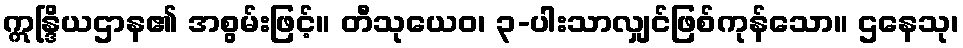
ဣန္ဒြိယဌာန၏ အစွမ်းဖြင့်။ တီသုယေဝ၊ ၃-ပါးသာလျှင်ဖြစ်ကုန်သော။ ဌနေသု၊